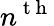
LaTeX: n^{\mathrm{~t~h~}}